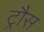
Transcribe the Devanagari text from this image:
ट्रौस